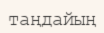
таңдайың